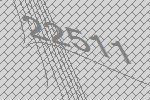
22511